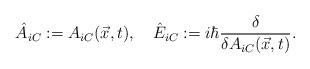
LaTeX: \begin{align*}{\hat A}_{iC}:= A_{iC}({\vec x},t), \quad {\hat E}_{iC}:=i{\hbar } {\delta \over \delta A_{iC} ({\vec x},t)}. \end{align*}